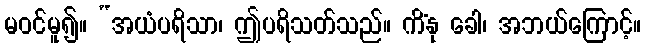
မဝင်မူ၍။ “အယံပရိသာ၊ ဤပရိသတ်သည်။ ကိံနု ခေါ၊ အဘယ်ကြောင့်။